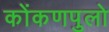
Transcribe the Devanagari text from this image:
कोंकणपुलो